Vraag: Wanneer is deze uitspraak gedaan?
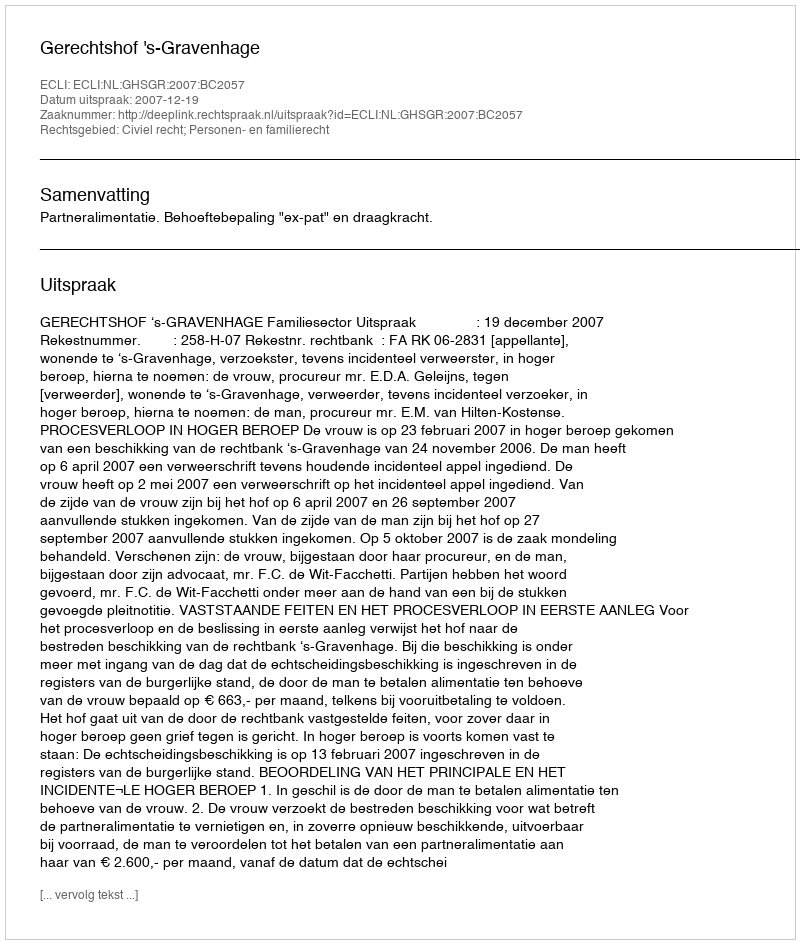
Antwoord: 2007-12-19